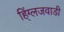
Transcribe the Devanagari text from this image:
हिंग्लजवाडी